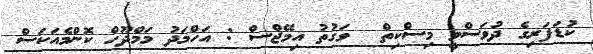
ކުޑަފަރިގެ ދުވަސްވީ މިސްކިތް  ވަގުތު އިމޭޖްސް : އަހްމަދު މަމްދޫހް ކޮންމެއަކަސް